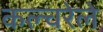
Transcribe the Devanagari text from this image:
कल्चरेले